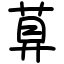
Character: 萛